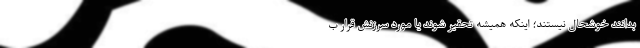
بدانند خوشحال نیستند؛ اینکه همیشه تحقیر شوند یا مورد سرزنش قرار ب